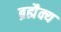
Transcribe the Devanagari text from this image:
ब्रह्मैक्य